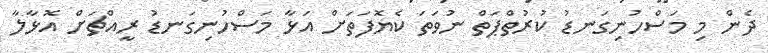
ދެން މި މަސްހުނިގަނޑު ކުރުތްޕަތް ނުވަތަ ކެޔޮފަތަށް އަޅާ މަސްހުނިގަނޑު ރީއްޗަށް އޮޅާލާ